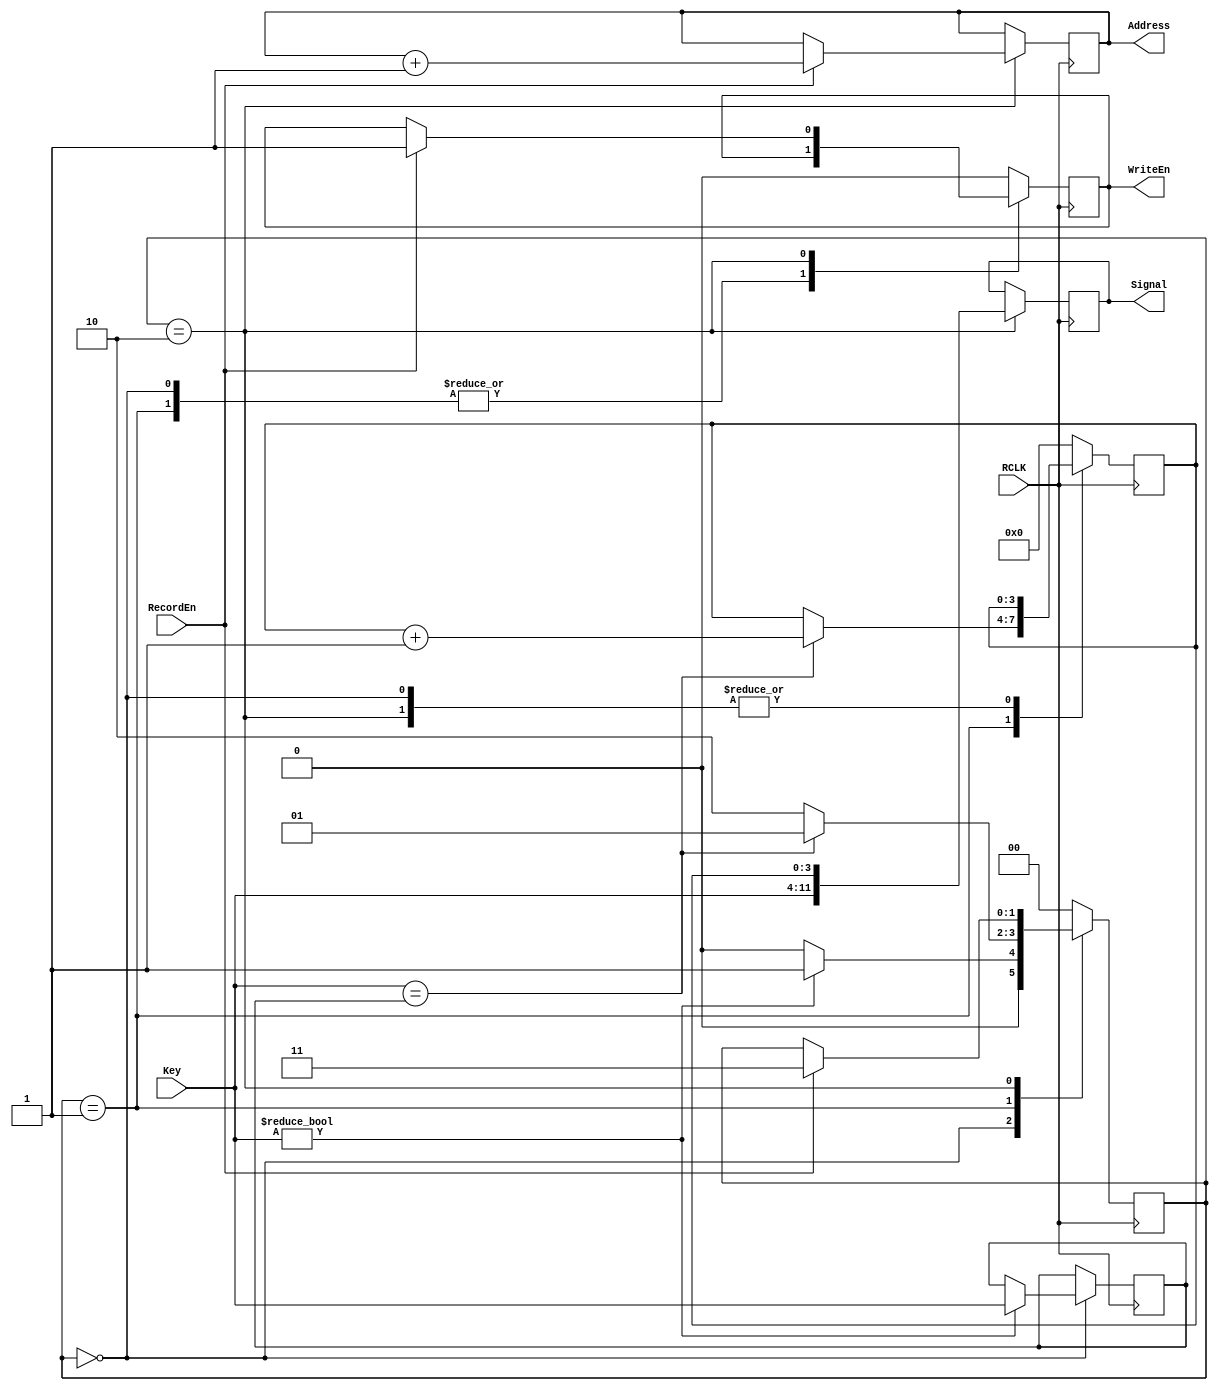
`timescale 1ns / 1ps
//////////////////////////////////////////////////////////////////////////////////
// Company: 
// Engineer: 
// 
// Design Name: 
// Module Name:    RecordUnit 
// Project Name: 
// Target Devices: 
// Tool versions: 
// Description: 
//
// Dependencies: 
//
// Revision: 
// Revision 0.01 - File Created
// Additional Comments: 
//
//////////////////////////////////////////////////////////////////////////////////
module RecordUnit(RCLK,Key,Address,Signal,RecordEn,WriteEn);

input RCLK;
input [7:0] Key;
input RecordEn;
output reg WriteEn;
output reg [10:0]Address;
output reg [11:0]Signal;
reg [3:0]count;
reg [1:0] state;
reg [7:0] current;
parameter [1:0] A=2'b00, B=2'b01, C=2'b10, D=2'b11;

initial begin
Address = 0;
Signal = 0;
current = 0;
count = 0;
state = A;
end

always @(posedge RCLK) begin
	case(state)
	A:begin
		if(Key != 0) begin
		  current <= Key;
		  state <= B;
		  end
		else
		  state <= A;
		  end
	B: begin
	   if(Key == current) begin
		   count <= count + 1;
			state <= B;
		end
		else
		state <= C;
		end
	C: begin
	   Signal <= {Key,count};
		if(RecordEn) begin
	     WriteEn <= 1;
		  Address <= Address + 1;
		  state <= D;
		  end
		end
	default: begin
	   count <=0;
		WriteEn <= 0;
		state <= A;
		end
	endcase

end

endmodule